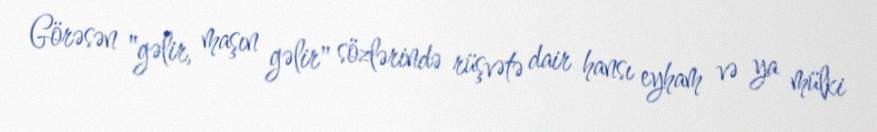
Görəsən "gəlir, maşın gəlir" sözlərində rüşvətə dair hansı eyham və ya mülki